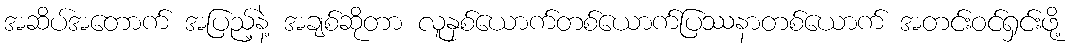
အဆိပ်အတောက် အပြည့်နဲ့ အချစ်ဆိုတာ လူနှစ်ယောက်တစ်ယောက်ပြဿနာတစ်ယောက် အတင်းဝင်ရှင်းဖို့